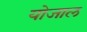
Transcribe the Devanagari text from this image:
योजाल